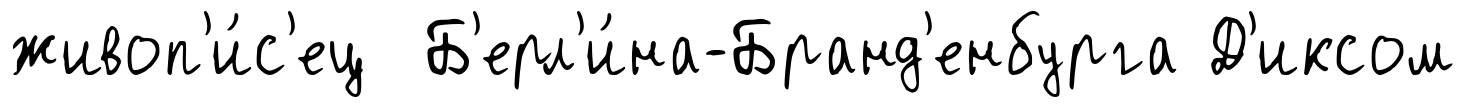
живоп'и́с'ец Б'ерл'и́на-Бранд'енбурга Д'иксом